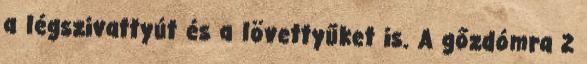
a légszivattyút és a lövettyűket is. A gőzdómra 2